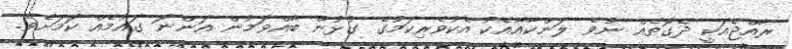
ރާއްޖެއަކީ ދެގޮތެއް ނުވެ ލަންކާއާއެކު އެކުވެރިކަމުގެ ގުޅުން ބާއްވަމުން އަންނަ ގައުމެއް ކަމަށެވެ.